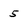
Character: 5